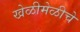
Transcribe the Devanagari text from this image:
खेळीमेळीचे